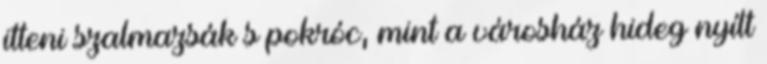
itteni szalmazsák s pokróc, mint a városház hideg nyílt